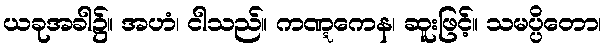
ယခုအခါ၌။ အဟံ၊ ငါသည်။ ကဏ္ဋကေန၊ ဆူးဖြင့်။ သမပ္ပိတော၊